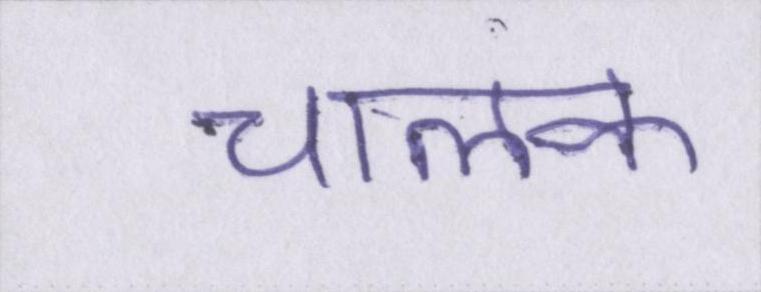
चालक